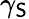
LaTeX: \gamma_{\mathsf{S}}